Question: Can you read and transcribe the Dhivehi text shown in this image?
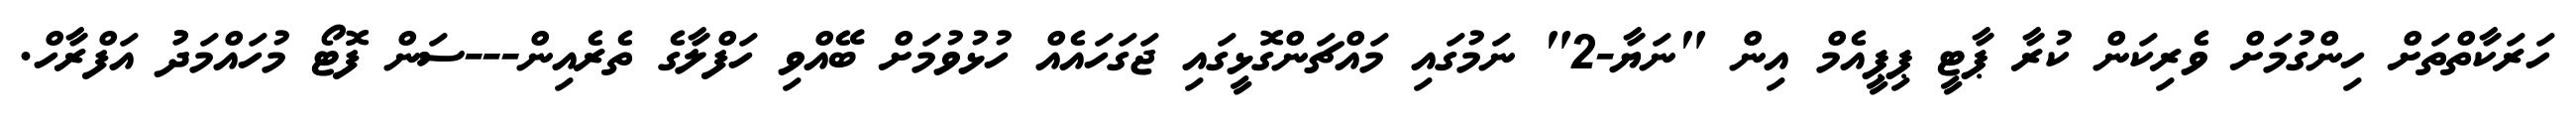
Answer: ހަރަކާތްތަށް ހިންގުމަށް ވެރިކަން ކުރާ ޕާޓީ ޕިޕީއެމް އިން "ނަޔާ-2" ނަމުގައި މައްޗަންގޮޅީގައި ޖަގަހައެއް ހުޅުވުމަށް ބޭއްވި ހަފްލާގެ ތެރެއިން---ސަން ފޮޓޯ މުހައްމަދުު އަފްރާހް.